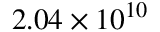
2 . 0 4 \times 1 0 ^ { 1 0 }